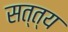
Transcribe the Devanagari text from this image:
सत्त्य